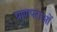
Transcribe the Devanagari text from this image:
प्राणपराओं